Senior Leaving Certificate Examination (including Day School Certificate (Higher) General paper), 1949
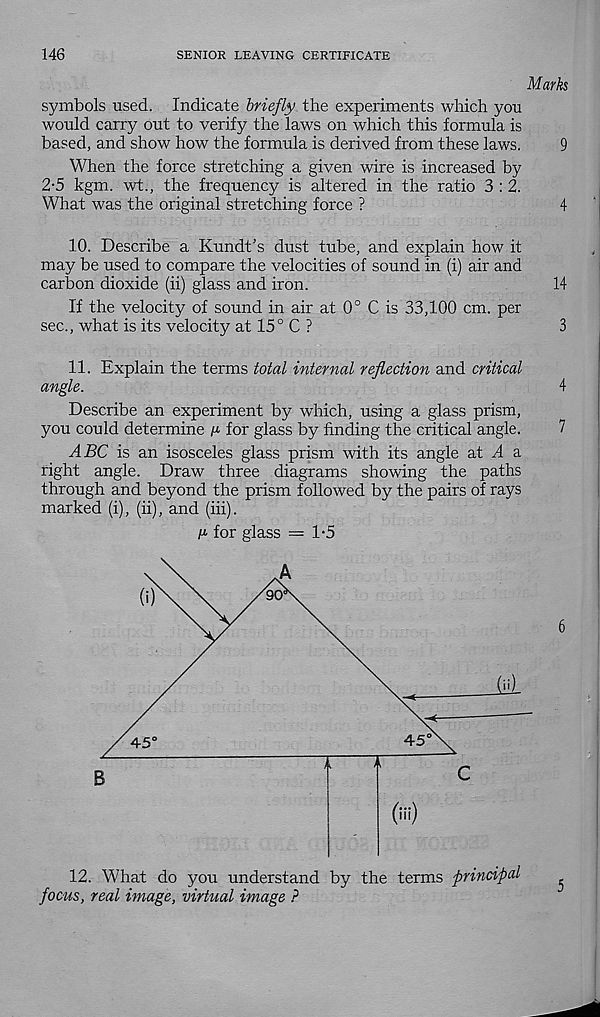
146
SENIOR LEAVING CERTIFICATE
Marks
symbols used. Indicate briefly, the experiments which you
would carry out to verify the laws on which this formula is
based, and show how the formula is derived from these laws.
9
When the force stretching a given wire is increased by
2-5 kgm. wt., the frequency is altered in the ratio 3 : 2.
What was the original stretching force ?
4
10. Describe a Kundt’s dust tube, and explain how it
may be used to compare the velocities of sound in (i) air and
carbon dioxide (ii) glass and iron.
14
If the velocity of sound in air at 0° C is 33,100 cm. per
sec., what is its velocity at 15° C ?
3
11. Explain the terms total internal reflection and critical
angle.
4
Describe an experiment by which, using a glass prism,
you could determine n for glass by finding the critical angle.
7
ABC is an isosceles glass prism with its angle at A &
right angle. Draw three diagrams showing the paths
through and beyond the prism followed by the pairs of rays
marked (i), (ii), and (iii).
p for glass = 1-5
12. What do you understand by the terms principal
focus, real image, virtual image ?